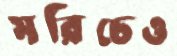
মরিচেও